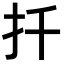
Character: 扦